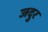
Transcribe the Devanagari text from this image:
जदुर